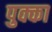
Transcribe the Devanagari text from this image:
पुक्का